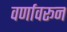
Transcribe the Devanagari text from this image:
वर्णावरून